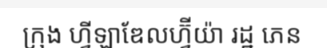
ក្រុង ហ្វីឡាឌែលហ្វ៊ីយ៉ា រដ្ឋ ភេន